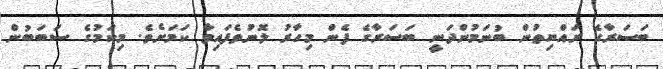
ބަސަރާގެ ރައްޔިތުން ބުނަމުންދަނީ ބަސަރާގެ ފެން މިހާރު ލޮނުވެފައިވާ ކަމަށެވެ. މިކަމުގެ ސަބަބުން